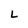
Character: L